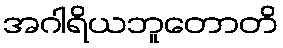
အဂါရိယဘူတောတိ